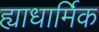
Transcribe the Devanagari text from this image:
ह्याधार्मिक